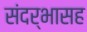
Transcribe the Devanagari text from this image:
संदर्भासह